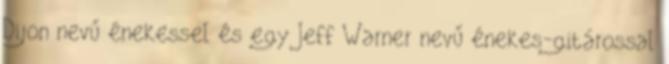
Dijon nevű énekessel és egy Jeff Warner nevű énekes-gitárossal